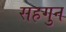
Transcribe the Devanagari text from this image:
सहगुन